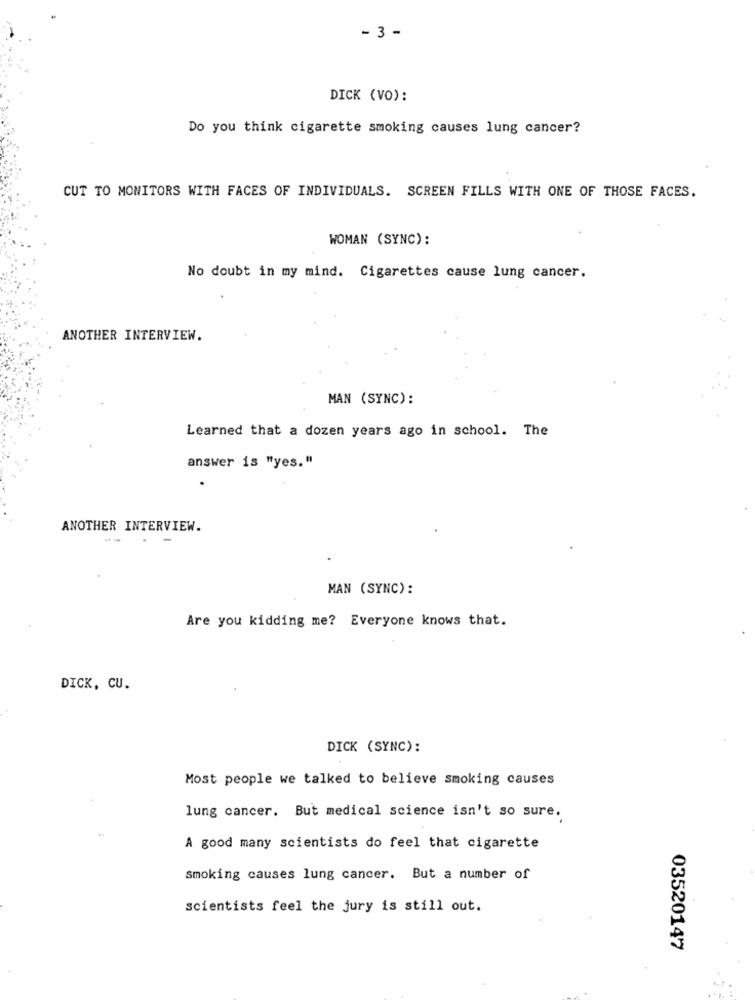
- 3 -
DICK (VO):
Do you think cigarette smoking causes lung cancer?
CUT TO MONITORS WITH FACES OF INDIVIDUALS. SCREEN FILLS WITH ONE OF THOSE FACES.
WOMAN (SYNC):
No doubt in my mind. Cigarettes cause lung cancer.
ANOTHER INTERVIEW.
MAN (SYNC):
Learned that a dozen years ago in school. The
answer is "yes."
.
ANOTHER INTERVIEW.
.-
MAN (SYNC):
Are you kidding me? Everyone knows that.
DICK, CU.
DICK (SYNC):
Most people we talked to believe smoking causes
lung cancer. But medical science isn't so sure.
A good many scientists do feel that cigarette
smoking causes lung cancer. But a number of
scientists feel the jury is still out.
03520147